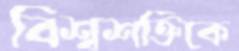
বিশ্বশক্তিকে